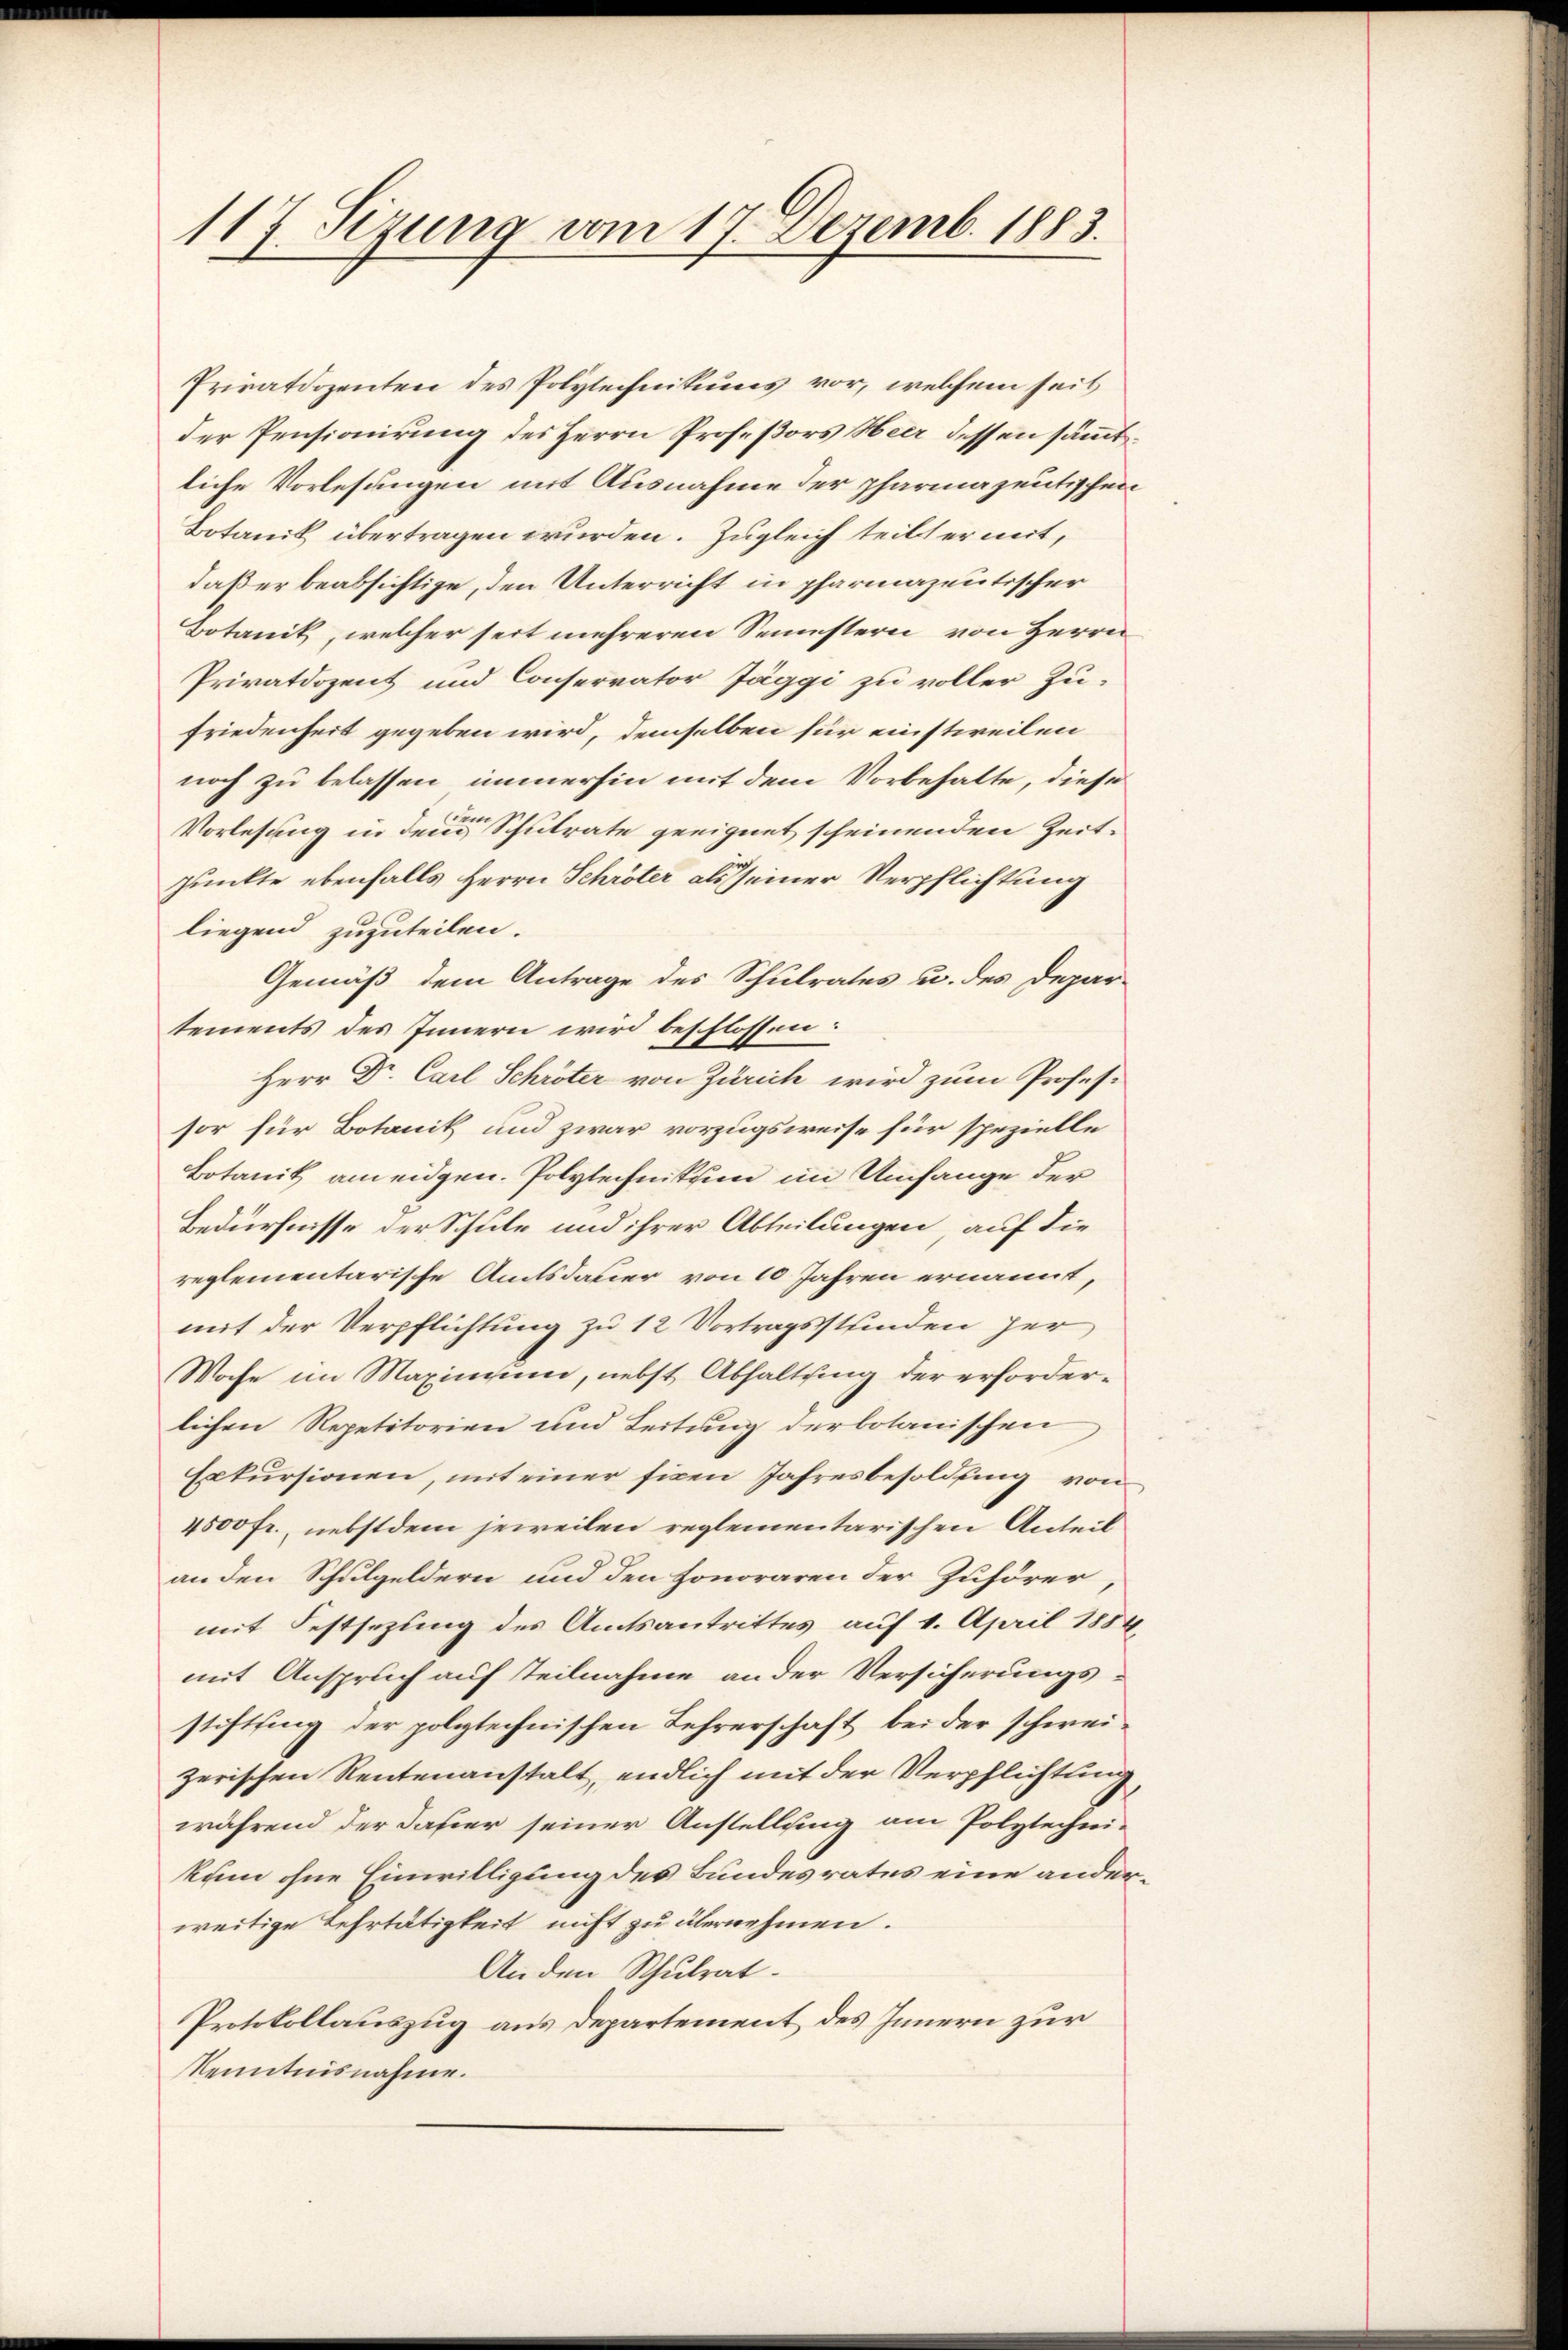
117. Sezung vom 17. Dezemb. 1883.

Privatdozenten des Polytechnikums vor, welchem seit
der Pensionirung des Herrn Profeßors Heer dessen sämmtliche Vorlesungen mit Ausnahme der pharmazentischen
Botanik übertragen wurden. Zugleich teilt er mit,
daß er beabsichtige, den Unterricht in pharmazentischer
Botanik, welcher seit mehreren Semestern von Herrn
Privatdozent und Conservator Jäggi zu voller Zufriedenheit gegeben wird, demselben für einstweilen
noch zu belassen, immerhin mit dem Vorbehalte, diese
Vorlesung in dem Schulrate geeignet scheinenden Zeit-
Punkte ebenfalls Herrn Schröter als seiner Verpflichtung
liegend zuzuteilen.
Gemäß dem Antrage des Schulrates u. des Depar-
tements des Innern wird beschlossen:
Herr Dr. Carl Schröter von Zürich wird zum Professor für Botanik und zwar vorzugsweise für spezielle
Botanik am eidgen. Polytechnission im Umfange der
Bedürfnisse der Schule und ihrer Abteilungen, auf die
reglementarische Amtsdauer von 10 Jahren ernannt,
mit der Verpflichtung zu 12 Vortragsstunden her
Woche im Maximum, nebst Abhaltung der erforderlichen Repetitorien und Leitung der botanischen
Exkursionen, mit einer fixen Jahresbesoldung von
4500 fr., nebstdem jeweilen reglementarischen Anteil
an den Schulgeldern und den Honoraren der Zuhörer
mit Festsezung des Amtsantrittes auf 1. April 1884
mit Anspruch auf Teilnahme an der Versicherungs-
stiftung der polytechnischen Lehrerschaft bei der schweizerischen Rentenanstalt, endlich mit der Verpflichtung
während der dahier seiner Anstellung am Polytechni-
kum ohne Einwilligung des Bundesrates eine anderweitige Lehrtätigkeit nicht zu übernehmen.
An den Schulrat.
Protokollauszug aus Departement des Innern zur
Kenntnisnahme.